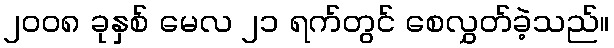
၂၀၀၈ ခုနှစ် မေလ ၂၁ ရက်တွင် စေလွှတ်ခဲ့သည်။